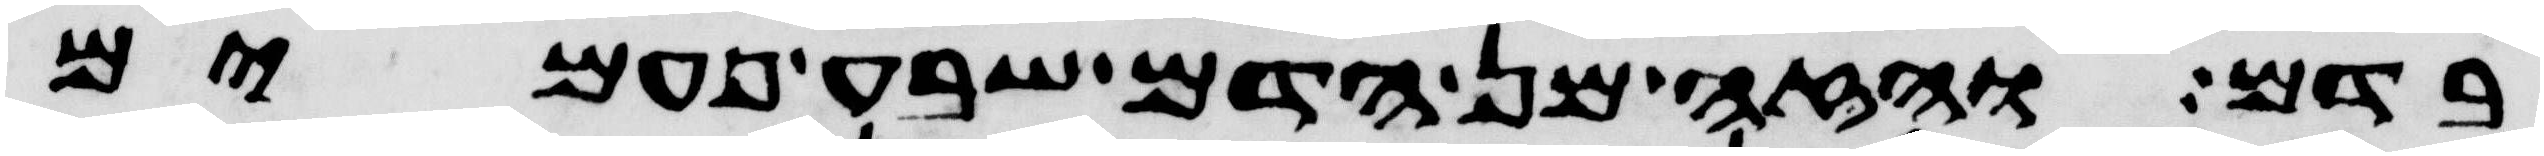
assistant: בדם והזה מן הדם שבע פעמים